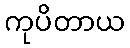
ကုပိတာယ